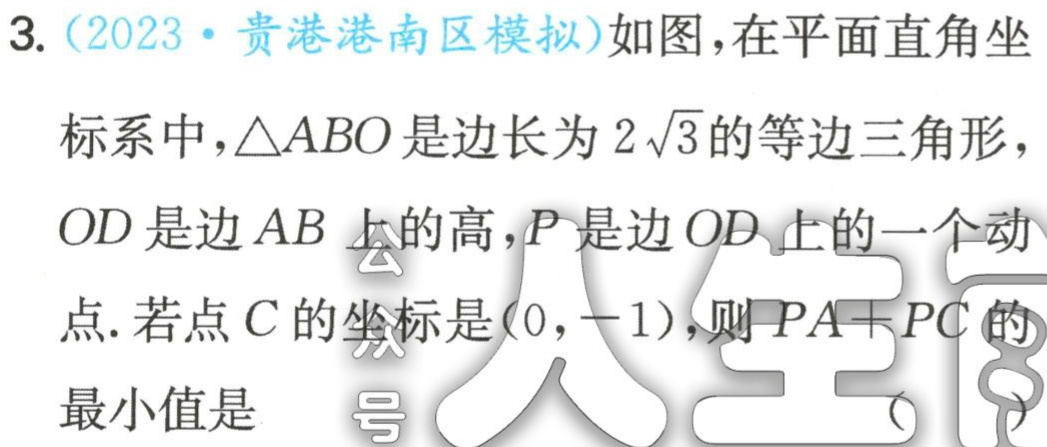
3. (2023·贵港港南区模拟)如图，在平面直角坐标系中，\(\triangle ABO\)是边长为\(2\sqrt{3}\)的等边三角形，\(OD\)是边\(AB\)上的高，\(P\)是边\(OD\)上的一个动点. 若点\(C\)的坐标是\((0,-1)\)，则\(PA + PC\)的最小值是 （  ）